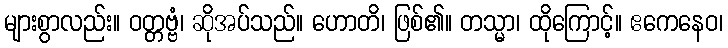
များစွာလည်း။ ဝတ္တဗ္ဗံ၊ ဆိုအပ်သည်။ ဟောတိ၊ ဖြစ်၏။ တသ္မာ၊ ထိုကြောင့်။ ဧကေနေဝ၊